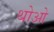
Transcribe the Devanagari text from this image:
थोआे